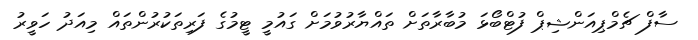
ސާފް ޗެމްޕިއަންޝިޕް ފުޓްބޯޅަ މުބާރާތަށް ތައްޔާރުވުމަށް ގައުމީ ޓީމުގެ ފަރިތަކުރުންތައް މިއަދު ހަވީރު